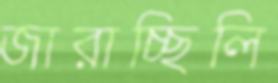
জারাচ্ছিলি